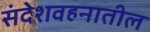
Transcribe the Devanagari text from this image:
संदेशवहनातील